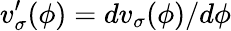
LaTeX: v_{\sigma}^{\prime}(\phi)=dv_{\sigma}(\phi)/d\phi